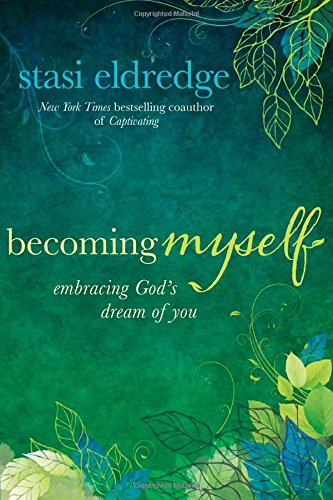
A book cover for Becoming Myself: Embracing God's Dream of You; Stasi Eldredge; Self-Help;